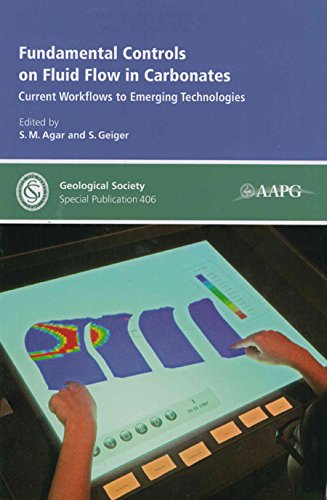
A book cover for Fundamental Controls on Fluid Flow in Carbonates: Current Workflows to Emerging Technologies (Geological Society Special Publications); S. M. Agar; Science & Math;